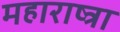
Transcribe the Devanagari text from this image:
महाराष्त्रा